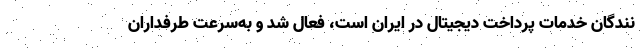
نندگان خدمات پرداخت دیجیتال در ایران است، فعال شد و به‌سرعت طرفداران